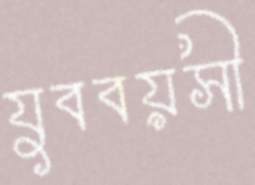
যুববয়সী